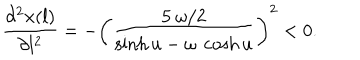
LaTeX: \frac { \partial ^ { 2 } x ( l ) } { \partial l ^ { 2 } } = - \left( \frac { 5 ~ \omega / 2 } { \sinh u - \omega ~ \cosh u } \right) ^ { 2 } < 0 .